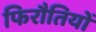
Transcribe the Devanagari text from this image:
फिरौतियों